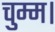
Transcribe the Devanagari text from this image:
चुम्म।